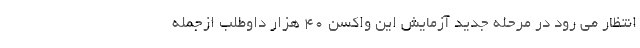
انتظار می رود در مرحله جدید آزمایش این واکسن ۴۰ هزار داوطلب ازجمله